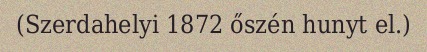
(Szerdahelyi 1872 őszén hunyt el.)